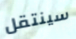
سينتقل